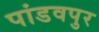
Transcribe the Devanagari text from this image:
पांडवपुर